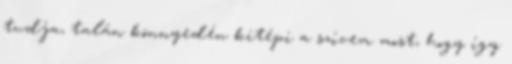
tudja, talán könnyedén kitépi a szívem most, hogy így